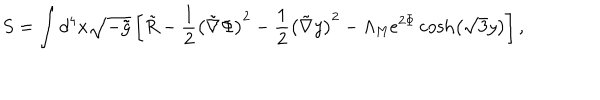
S = \int d ^ { 4 } x \sqrt { - \tilde { g } } \left[ \tilde { R } - \frac { 1 } { 2 } \left( \tilde { \nabla } \Phi \right) ^ { 2 } - \frac { 1 } { 2 } \left( \tilde { \nabla } y \right) ^ { 2 } - \Lambda _ { \mathrm { M } } e ^ { 2 \Phi } \cosh \left( \sqrt { 3 } y \right) \right] ,